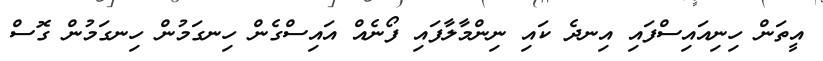
އީތަން ހިނިއައިސްފައި އިނދެ ކައި ނިންމާލާފައި ފޯނެއް އައިސްގެން ހިނގަމުން ހިނގަމުން ގޮސް